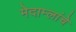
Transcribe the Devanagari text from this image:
मेदाम्लांचे